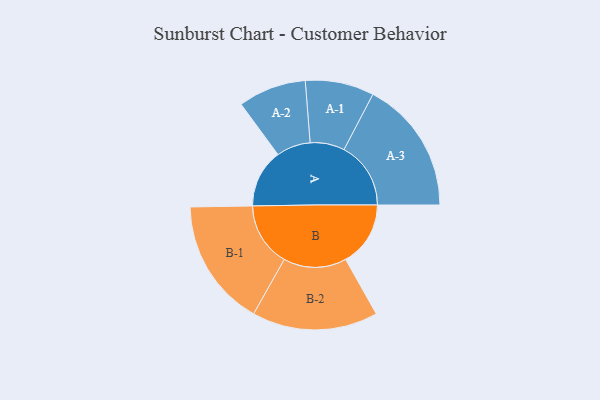
{"axis": {"x": "Segment", "y": "Value"}, "legend": ["", "A", "B"], "data": [{"x": "A", "y": 182, "type": ""}, {"x": "B", "y": 202, "type": ""}, {"x": "A-1", "y": 107, "type": "A"}, {"x": "A-2", "y": 106, "type": "A"}, {"x": "A-3", "y": 208, "type": "A"}, {"x": "B-1", "y": 199, "type": "B"}, {"x": "B-2", "y": 196, "type": "B"}]}